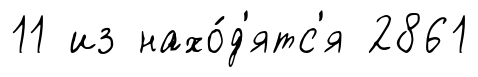
11 из нахо́д'ятс'я 2861